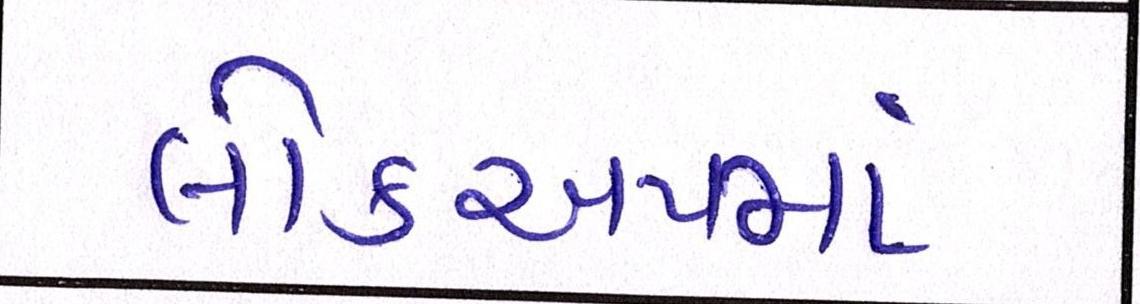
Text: લોકઅપમાં